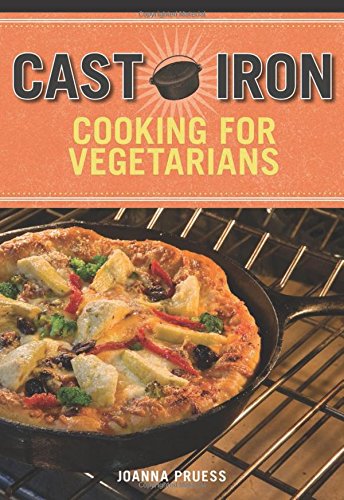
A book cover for Cast Iron Cooking for Vegetarians; Joanna Pruess; Cookbooks, Food & Wine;